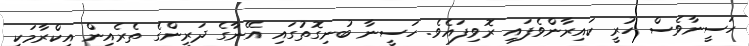
ހަސީނާވެސް ހުރީ ކައިރާންވެފައި ރޮވިފައެވެ. ހަސީނާ ބުނިގޮތުގައި އޭނާގެ ދަރީންގެ ތެރެއިން އިކްރާމަކީ